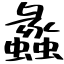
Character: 蠡